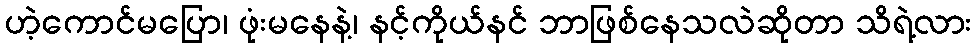
ဟဲ့ကောင်မပြော၊ ဖုံးမနေနဲ့၊ နင့်ကိုယ်နင် ဘာဖြစ်နေသလဲဆိုတာ သိရဲ့လား